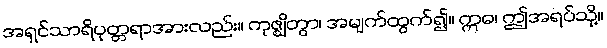
အရှင်သာရိပုတ္တရာအားလည်း။ ကုဇ္ဈိတွာ၊ အမျက်ထွက်၍။ ဣဓ၊ ဤအရပ်သို့။